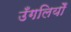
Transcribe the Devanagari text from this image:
उँगलियोँ